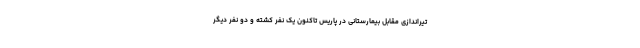
تیراندازی مقابل بیمارستانی در پاریس تاکنون یک نفر کشته و دو نفر دیگر